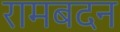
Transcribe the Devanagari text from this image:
रामबदन